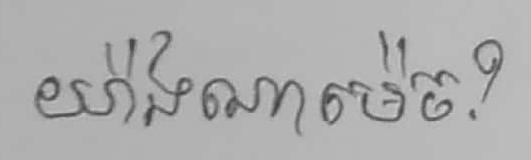
យ៉ាងណាម៉េច?